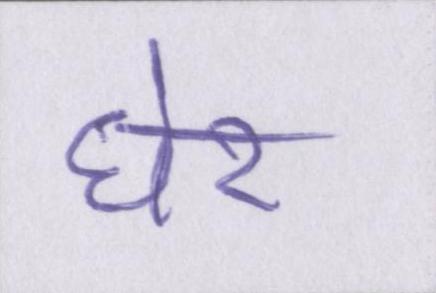
घेर